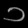
Digit: ၁